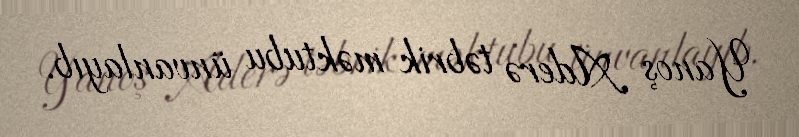
Yanoş Aderə təbrik məktubu ünvanlayıb.